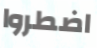
اضطروا